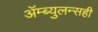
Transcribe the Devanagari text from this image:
ॲम्ब्युलन्सही